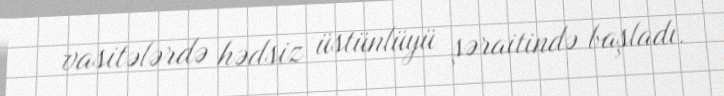
vasitələrdə hədsiz üstünlüyü şəraitində başladı.